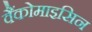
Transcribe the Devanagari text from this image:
वैंकोमाइसिन